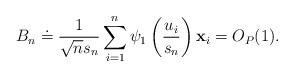
LaTeX: \begin{align*}B_{n}\doteq\frac{1}{\sqrt{n}s_{n}}\sum\limits_{i=1}^{n}\psi_{1}\left( \frac{u_{i}}{s_{n}}\right) \mathbf{x}_{i}=O_{P}(1).\end{align*}